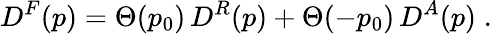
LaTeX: D^{F}(p)=\Theta(p_{0})\, D^{R}(p)+\Theta(-p_{0})\, D^{A}(p)\; .